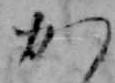
か